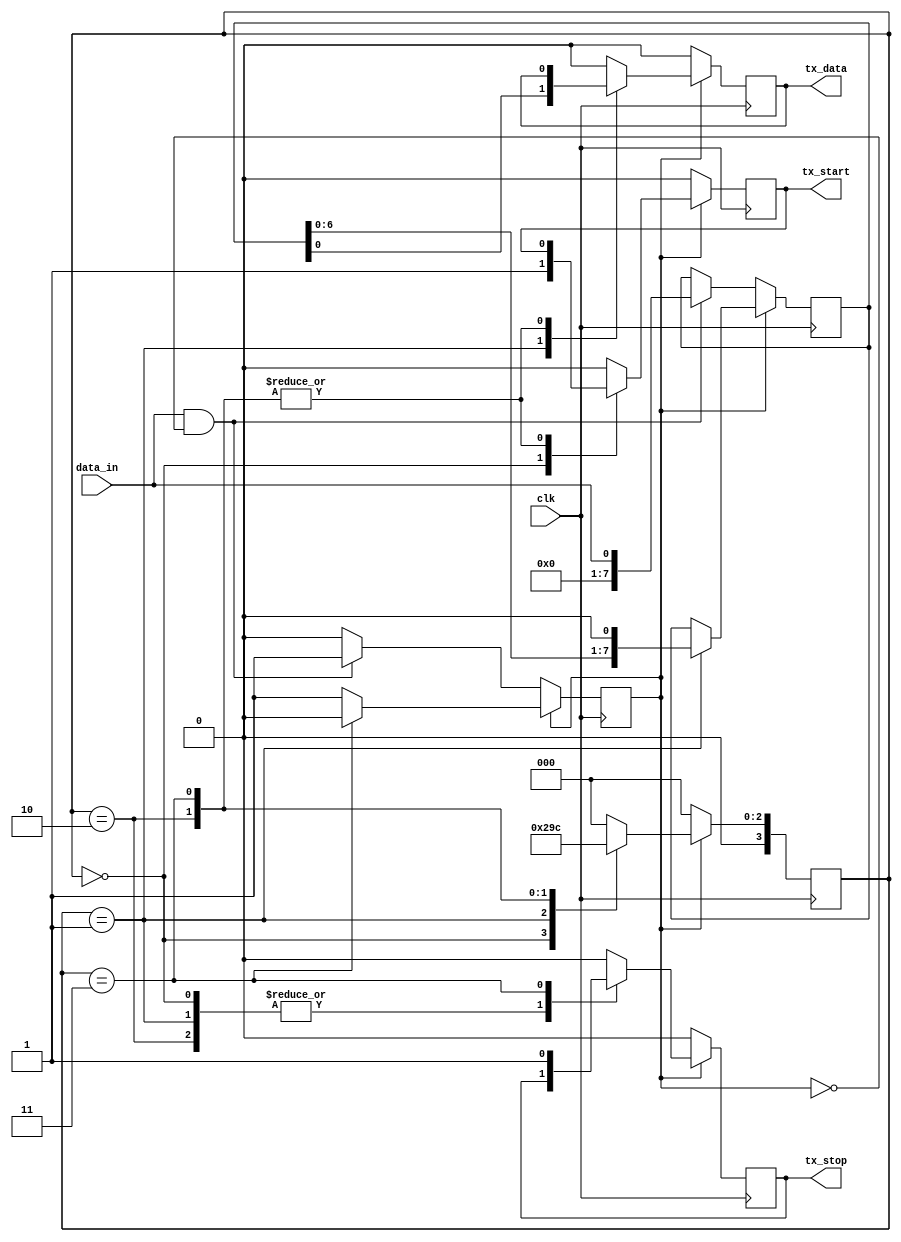
module uart_transmitter (
    input clk,
    input data_in,
    output reg tx_data,
    output reg tx_start,
    output reg tx_stop
);

reg [7:0] tx_data_reg;
reg tx_busy;
reg [3:0] state;

parameter BAUD_RATE = 9600; // Baud rate in bps

always @(posedge clk) begin
    if (tx_busy) begin
        case (state)
            0: begin // Start bit generation
                tx_start <= 1;
                tx_data <= 0;
                state <= 1;
            end
            1: begin // Data transmission
                tx_start <= 0;
                tx_data <= tx_data_reg[0];
                tx_data_reg <= {tx_data_reg[6:0], 1'b0}; // Shift data bits
                state <= 2;
            end
            2: begin // Parity generation (optional)
                // Add parity generation logic here
                state <= 3;
            end
            3: begin // Stop bit generation
                tx_stop <= 1;
                tx_busy <= 0;
                state <= 4;
            end
            default: begin
                tx_start <= 0;
                tx_data <= 0;
                tx_stop <= 0;
                state <= 0;
            end
        endcase
    end else begin
        tx_start <= 0;
        tx_data <= 0;
        tx_stop <= 0;
        state <= 0;
        
        if (data_in && !tx_busy) begin
            tx_data_reg <= data_in;
            tx_busy <= 1;
        end
    end
end

endmodule